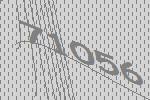
71056